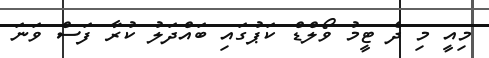
މިއީ މި ދެ ޓީމު ވޯލްޑް ކަޕުގައި ބައްދަލު ކުރާ ފަސް ވަނަ